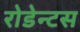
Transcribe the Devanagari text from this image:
रोडेन्टस